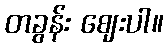
တခွန်း ဈေးပါ။